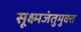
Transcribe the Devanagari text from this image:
सूक्ष्मजंतुमुक्त